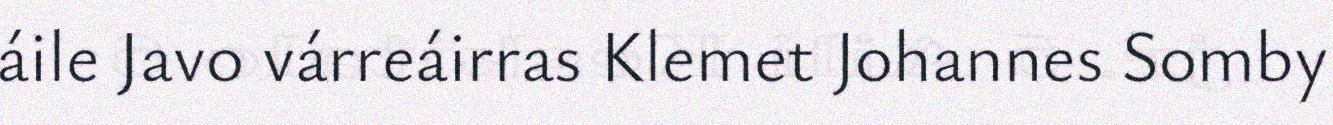
áile Javo várreáirras Klemet Johannes Somby